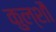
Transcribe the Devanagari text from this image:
कुल्शौ